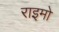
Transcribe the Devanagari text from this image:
राइमो